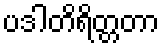
ပဒါတိရိတ္တတာ